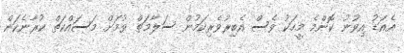
އެއަޑު އިވުނު ކޮންމެ މީހަކު ވެސް އެބިރުވެރިކަމުން ސަލާމަތް ވުމަށް މަސައްކަތް ކުރާނެކަން